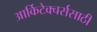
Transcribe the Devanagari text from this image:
आर्किटेक्चर्ससाठी